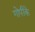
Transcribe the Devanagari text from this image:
गोपीके